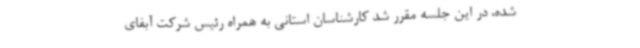
شده، در این جلسه مقرر شد کارشناسان استانی به همراه رئیس شرکت آبفای